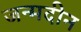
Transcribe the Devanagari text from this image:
जन्मदीन